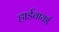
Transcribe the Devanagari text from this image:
हार्डवायर्ड